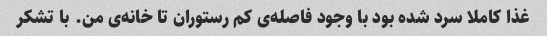
غذا کاملا سرد شده بود با وجود فاصله‌ی کم رستوران تا خانه‌ی من. با تشکر